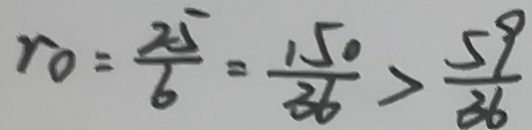
r _ { 0 } = \frac { 2 5 } { 6 } = \frac { 1 5 0 } { 3 6 } > \frac { 5 9 } { 3 6 }